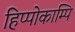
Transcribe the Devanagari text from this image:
हिप्पोकाम्पि